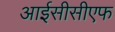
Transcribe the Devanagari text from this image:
आईसीसीएफ